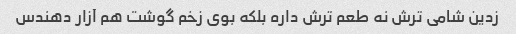
زدین شامی ترش نه طعم ترش داره بلکه بوی زخم گوشت هم آزار دهندس